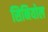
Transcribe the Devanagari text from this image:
सिनियोल